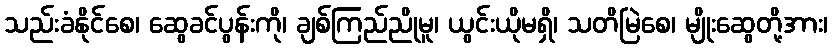
သည်းခံနိုင်စေ၊ ဆွေခင်ပွန်းကို၊ ချစ်ကြည်ညိုမူ၊ ယွင်းယိုမရှိ၊ သတိမြဲစေ၊ မျိုးဆွေတို့အား၊